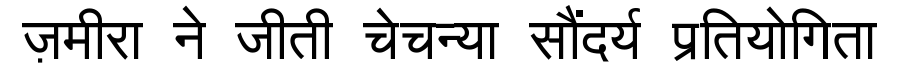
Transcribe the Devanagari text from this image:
ज़मीरा ने जीती चेचन्या सौंदर्य प्रतियोगिता